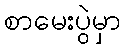
စာမေးပွဲမှာ